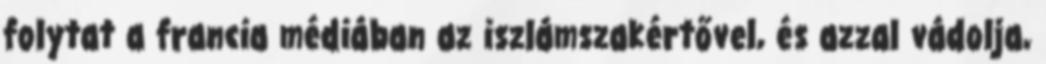
folytat a francia médiában az iszlámszakértővel, és azzal vádolja,